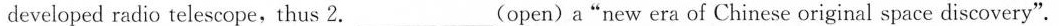
developed radio telescope,thus 2.___ (open) a"new era of Chinese original space discovery".